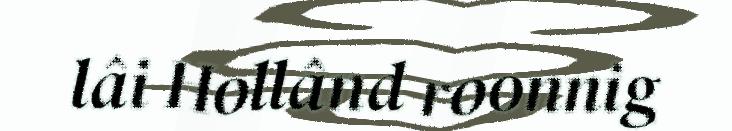
lâi Hollând roonnig